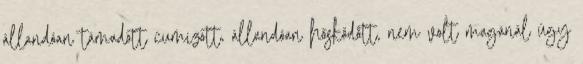
állandóan támadott cumizott, állandóan hősködött, nem volt magánál úgy